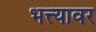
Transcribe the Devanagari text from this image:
भत्त्यावर